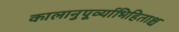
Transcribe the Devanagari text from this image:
कालानुपूर्व्याभिहिताश्च